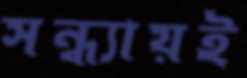
সন্ধ্যায়ই